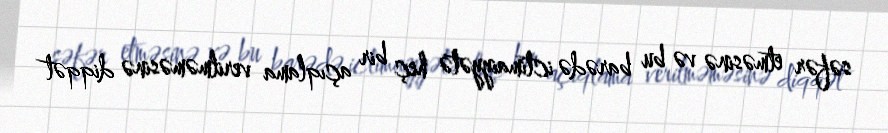
səfər etməsinə və bu barədə ictimaiyyətə heç bir açıqlama verilməməsinə diqqət